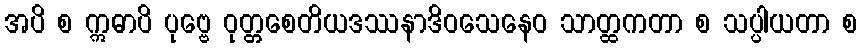
အပိ စ ဣဓာပိ ပုဗ္ဗေ ဝုတ္တစေတိယဒဿနာဒိဝသေနေဝ သာတ္ထကတာ စ သပ္ပါယတာ စ